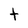
Character: t